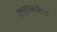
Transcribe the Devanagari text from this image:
बचावफळीचा